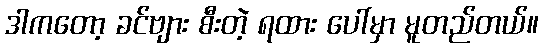
ဒါကတော့ ခင်ဗျား စီးတဲ့ ရထား ပေါ်မှာ မူတည်တယ်။